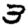
Digit: 3